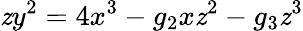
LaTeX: \mathit{z}y^{2}=4x^{3}-g_{2}x\mathit{z}^{2}-g_{3}\mathit{z}^{3}